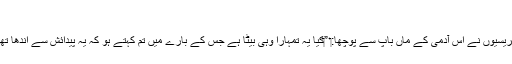
‏
فریسیوں نے اُس آدمی کے ماں باپ سے پوچھا:‏ ”‏کیا یہ تمہارا وہی بیٹا ہے جس کے بارے میں تُم کہتے ہو کہ یہ پیدائش سے اندھا تھا؟